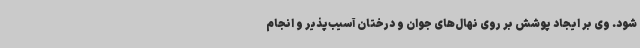
شود. وی بر ایجاد پوشش بر روی نهال‌های جوان و درختان آسیب‌پذیر و انجام